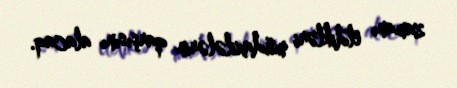
zamanı etdikləri müdaxilələrin qarşısını alacaq.